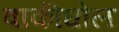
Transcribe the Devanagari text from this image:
वाकीघोल